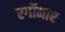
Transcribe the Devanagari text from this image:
एर्गोमार